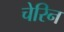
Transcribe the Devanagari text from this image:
चेरिन